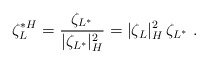
\begin{align*}\zeta_L^{\ast H}=\frac{\zeta_{L^\ast}}{|\zeta_{L^\ast}|_H^2}=|\zeta_L|_H^2\,\zeta_{L^\ast}\ .\end{align*}